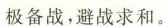
极备战。避战求和。